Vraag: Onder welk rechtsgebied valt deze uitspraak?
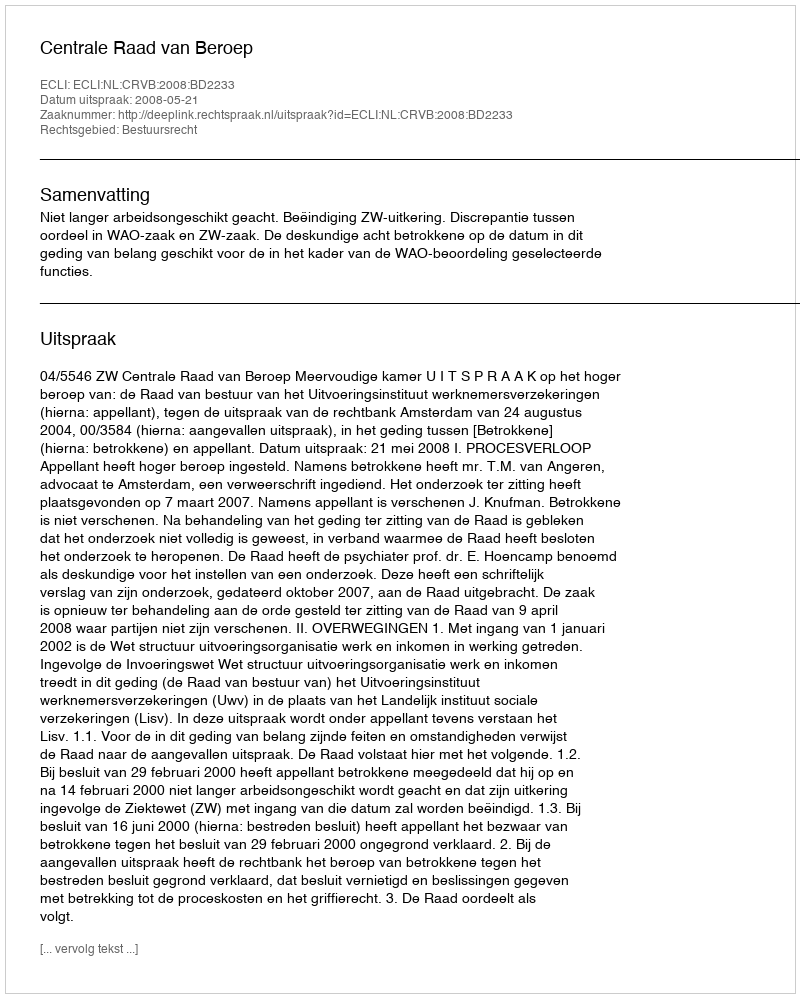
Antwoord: Bestuursrecht